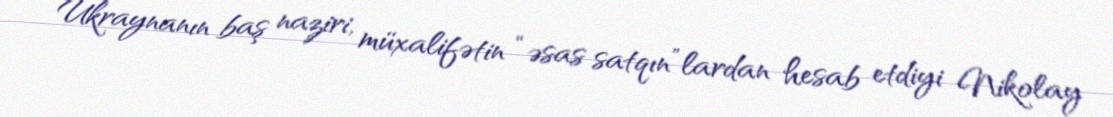
Ukraynanın baş naziri, müxalifətin “əsas satqın”lardan hesab etdiyi Nikolay